Eesti_Vabariigi_Tartu_Ulikool, lk 108
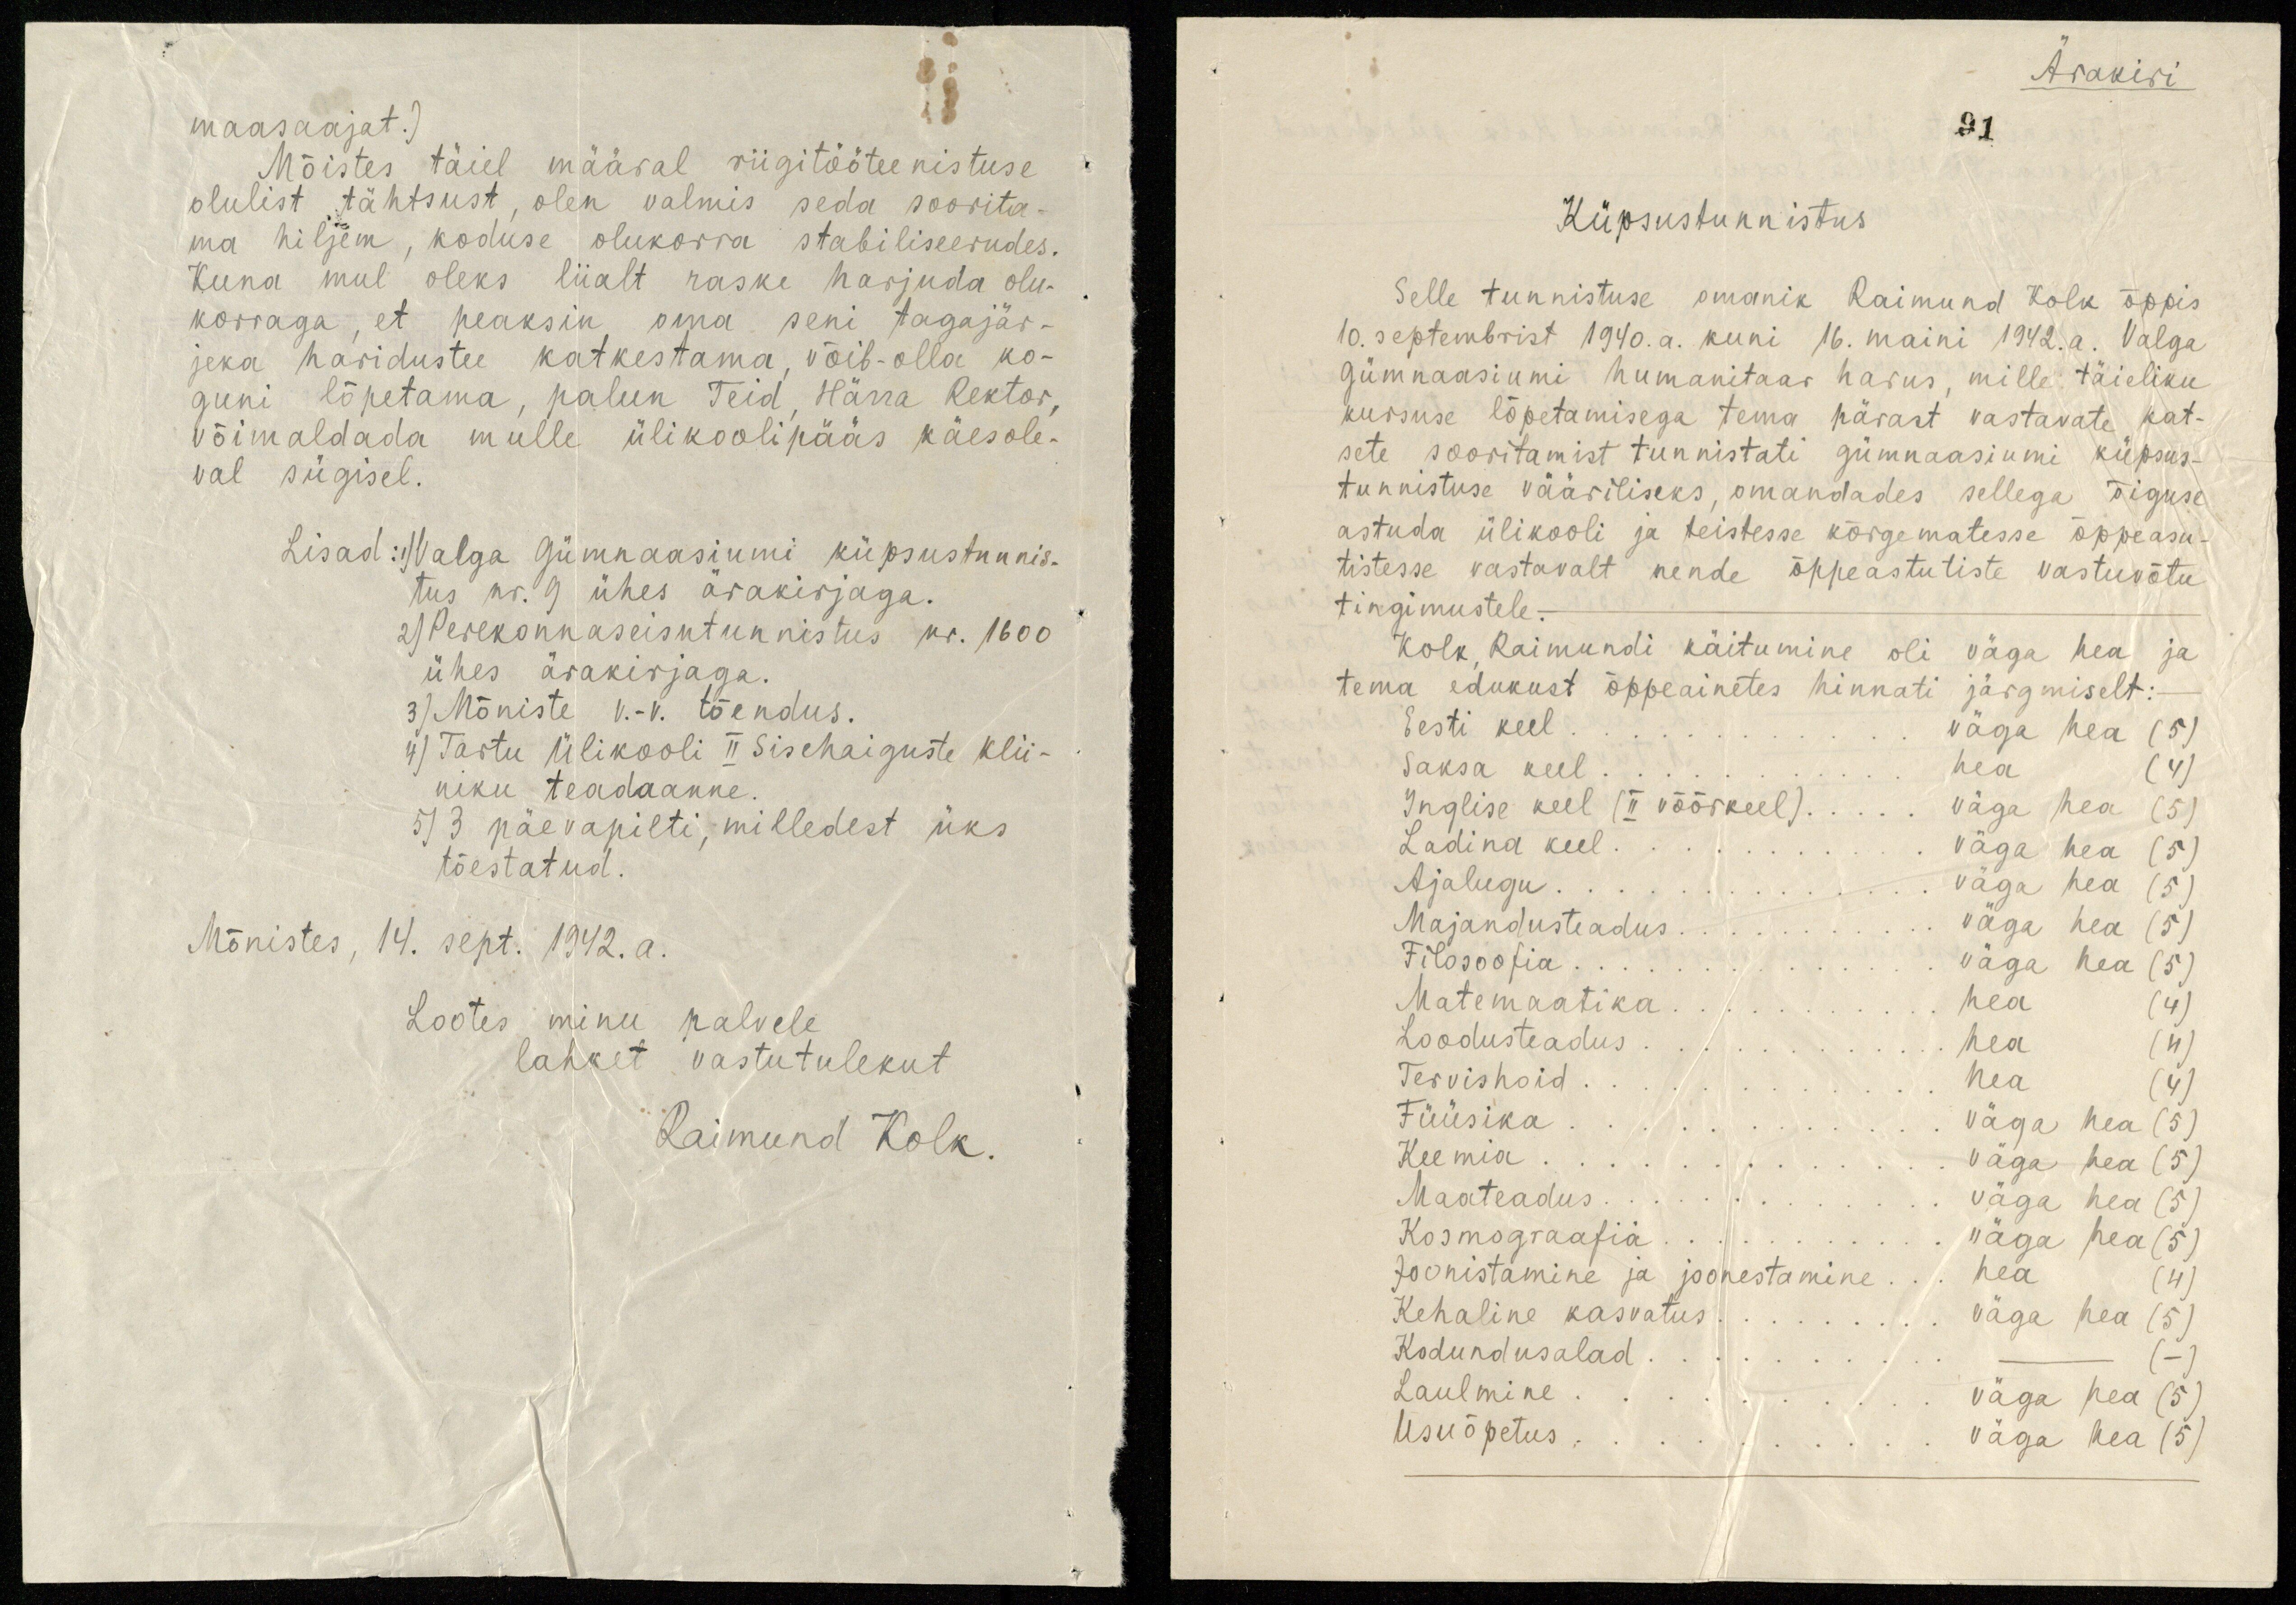
maasaajat.)
Mõistes täiel määral riigitööteenistuse
olulist tähtsust, olen valmis seda soorita-
ma hiljem, koduse olukorra stabiliseerudes.
Kuna mul oleks liialt raske harjuda olu-
korraga, et peaksin oma seni tagajär-
jeka haridustee katkestama, võib-olla ko-
guni lõpetama, palun Teid, Härra Rektor,
võimaldada mulle ülikoolipääs käesole-
val sügisel.
Lisad: 1) Valga gümnaasiumi küpsustunnis-
tus nr. 9 ühes ärakirjaga.
2) Perekonnaseisutunnistus nr. 1600
ühes ärakirjaga.
3) Mõniste v.-v. tõendus.
4) Tartu Ülikooli II Sisehaiguste klii-
niku teadaanne.
5) 3 päevapilti, milledest üks
tõestatud.
Mõnistes, 14. sept. 1942. a.
Lootes minu palvele
lahket vastutulekut
Raimund Kolk.

Ärakiri
91

Küpsustunnistus
Selle tunnistuse omanik Raimund Kolk õppis
10. septembrist 1940. a. kuni 16. maini 1942. a. Valga
gümnaasiumi humanitaar harus, mille täieliku
kursuse lõpetamisega tema pärast vastavate kat-
sete sooritamist tunnistati gümnaasiumi küpsus-
tunnistuse vääriliseks, omandades sellega õiguse
astuda ülikooli ja teistesse kõrgematesse õppeasu-
tistesse vastavalt nende õppeastutiste vastuvõtu
tingimustele.
Kolk Raimundi käitumine oli väga hea ja
tema edukust õppeainetes hinnati järgmiselt:
Eesti keel ... väga hea (5)
Saksa keel .... hea (4)
Inglise keel (II võõrkeel) ... väga hea (5)
Ladina keel... väga hea (5)
Ajalugu ... väga hea (5)
Majandusteadus ............ väga hea (5)
Filosoofia ............ väga hea (5)
Matemaatika .... hea (4)
Loodusteadus  hea (4)
Tervishoid .... hea (4)
Füüsika ........ väga hea (5)
Keemia............ väga hea (5)
Maateadus........... väga hea (5)
Kosmograafia............ väga hea (5)
Joonistamine ja joonestamine ... hea (4)
Kehaline kasvatus ............ väga hea (5)
Kodundusalad ....... - (-)
Laulmine .... väga hea (5)
Usuõpetus .... väga hea (5)